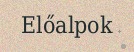
Előalpok